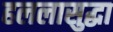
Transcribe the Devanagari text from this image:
हललासुद्धा